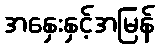
အနှေးနှင့်အမြန်